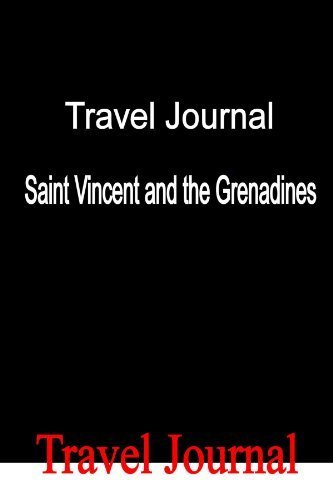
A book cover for Travel Journal Saint Vincent and the Grenadines by Locken, E (2010) Paperback; E Locken; Travel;